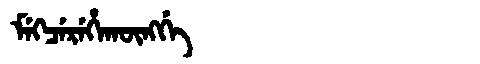
Manchu: ᠮᡝᡴᠴᡝᡵᡝᡥᠠᡴᡡᠩᡤᡝ
Romanization: MEKCEREHAKŪNGGE